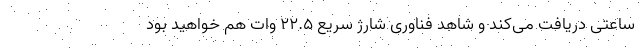
ساعتی دریافت می‌کند و شاهد فناوری شارژ سریع 22.5 وات هم خواهید بود